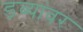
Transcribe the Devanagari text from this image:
डब्यांवर